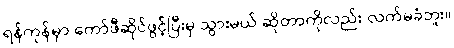
ရန်ကုန်မှာ ကော်ဖီဆိုင်ဖွင့်ပြီးမှ သွားမယ် ဆိုတာကိုလည်း လက်မခံဘူး။